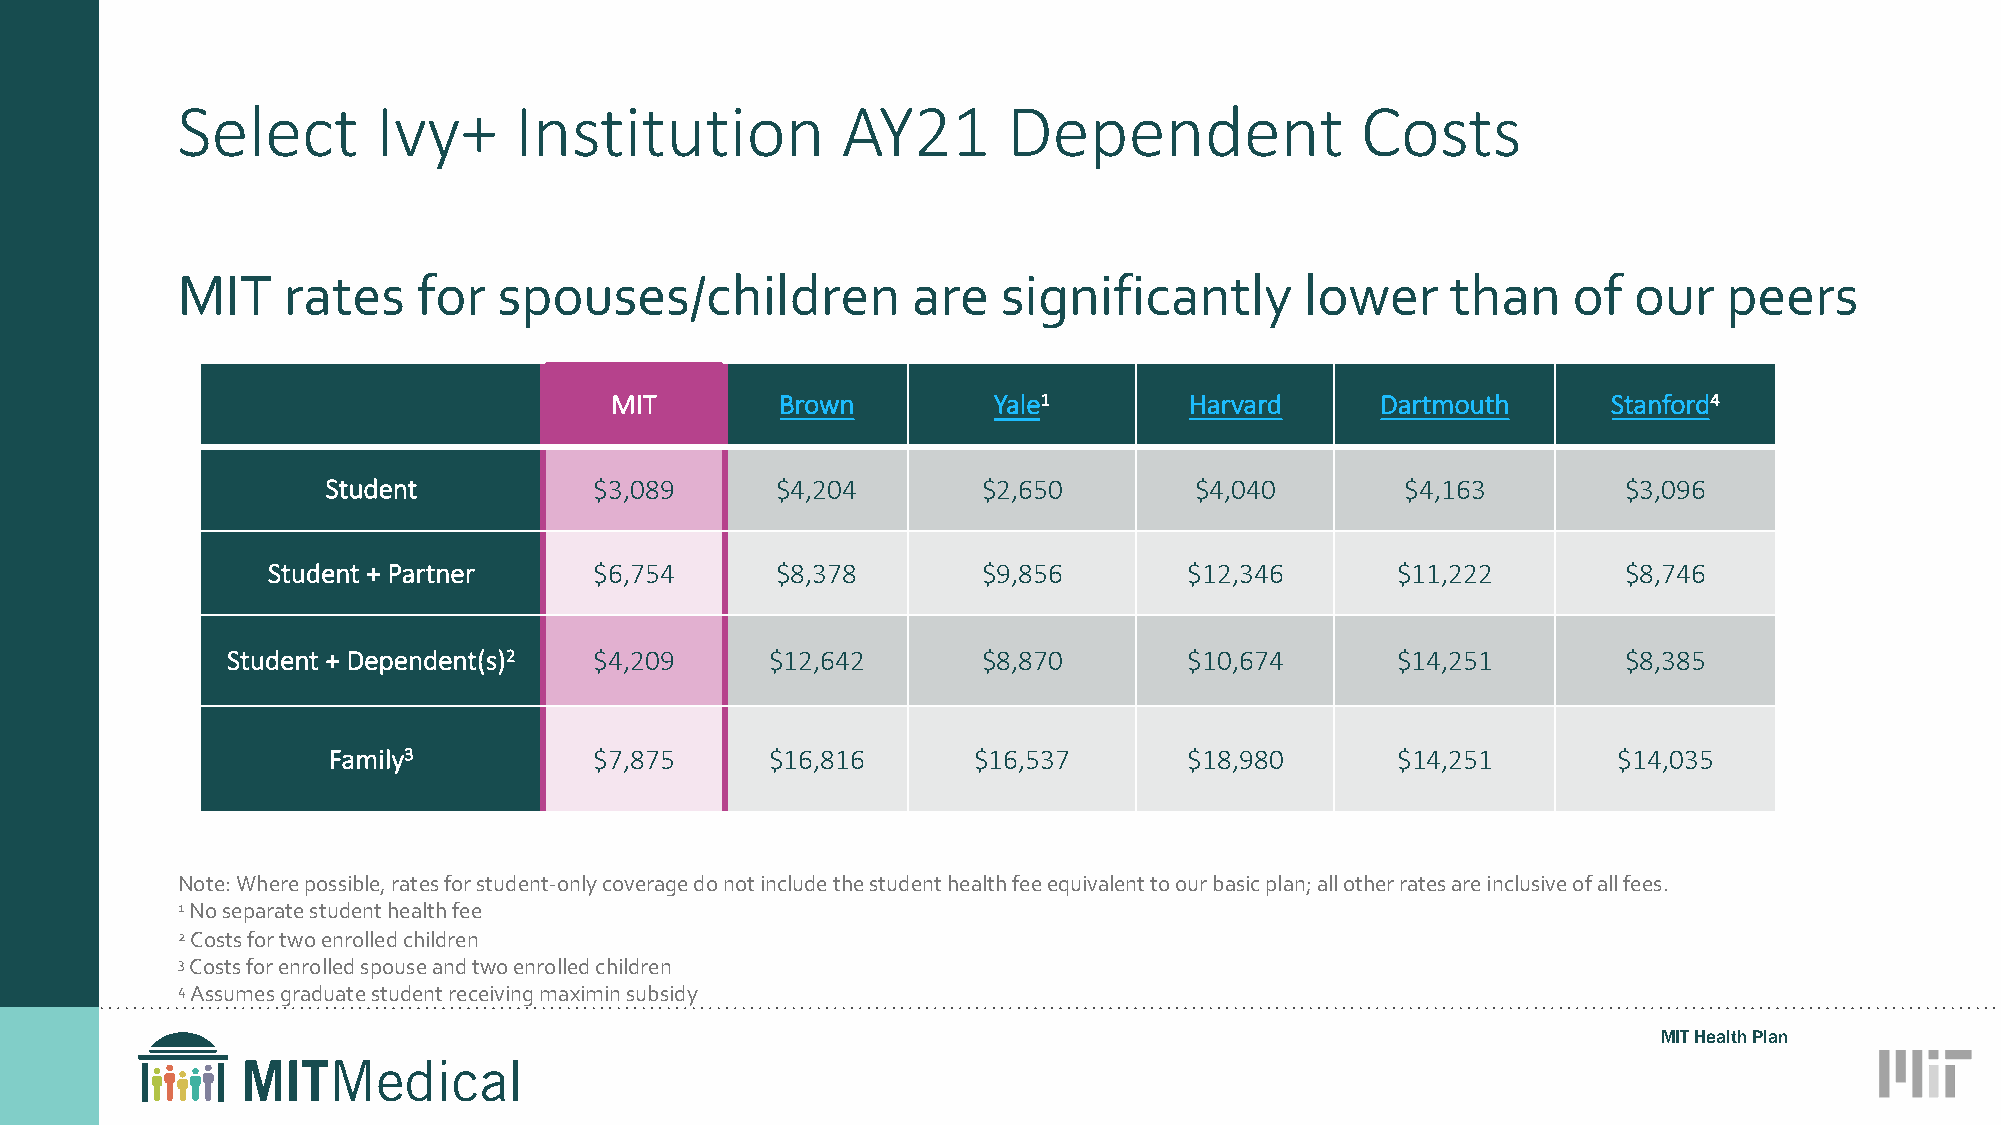
Select       Ivy+     Institution           AY21       Dependent              Costs
 MIT    rates    for  spouses/children           are   significantly       lower     than    of  our   peers
 MIT         Brown         Yale1        Harvard     Dartmouth       Stanford4
 Student          $3,089      $4,204        $2,650        $4,040        $4,163         $3,096
 Student + Partner    $6,754      $8,378        $9,856        $12,346      $11,222         $8,746
 Student + Dependent(s)2 $4,209      $12,642       $8,870        $10,674      $14,251         $8,385
 Family3          $7,875      $16,816      $16,537        $18,980      $14,251        $14,035
 Note: Where possible, rates for student-only coverage do not include the student health fee equivalent to our basic plan; all other rates are inclusive of all fees.
 1No separate student health fee
 2Costs for two enrolled children
 3Costs for enrolled spouse and two enrolled children
 4Assumes graduate student receiving maximin subsidy
 MIT Health Plan